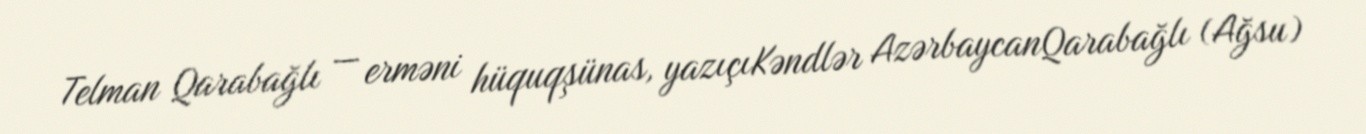
Telman Qarabağlı — erməni hüquqşünas, yazıçıKəndlər AzərbaycanQarabağlı (Ağsu)